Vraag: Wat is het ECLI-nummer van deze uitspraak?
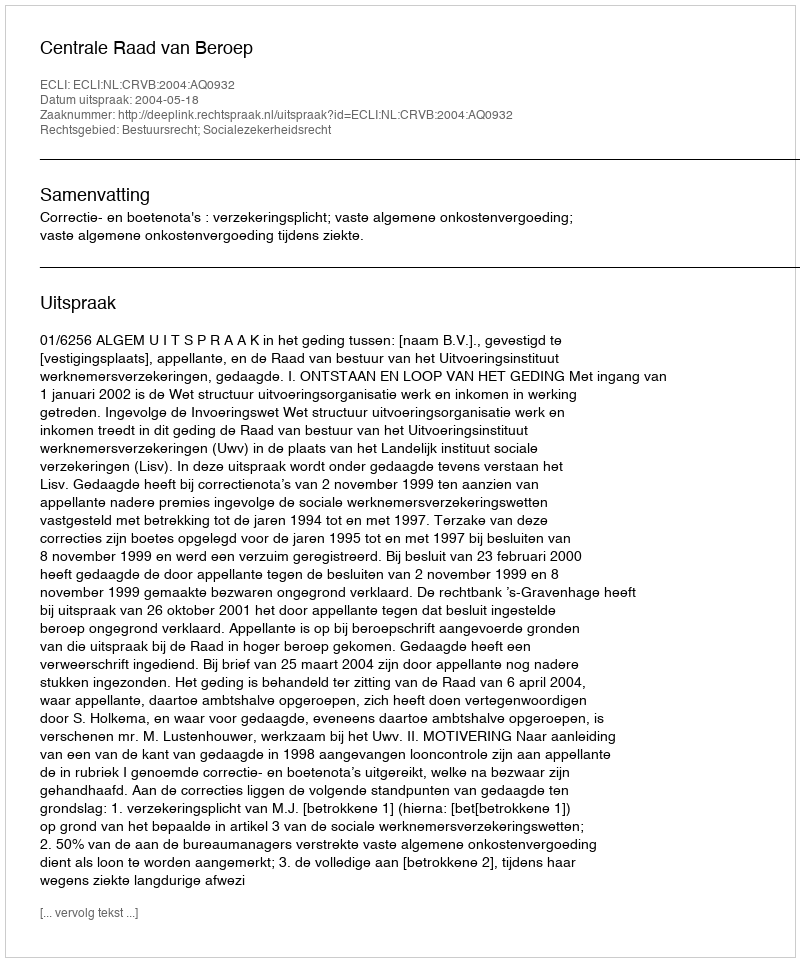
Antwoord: ECLI:NL:CRVB:2004:AQ0932